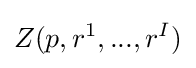
Z(p,r^{1},...,r^{I})